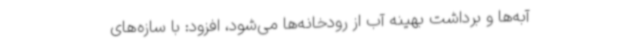
آبه‌ها و برداشت بهینه آب از رودخانه‌ها می‌شود، افزود: با سازه‌های